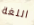
اللغة